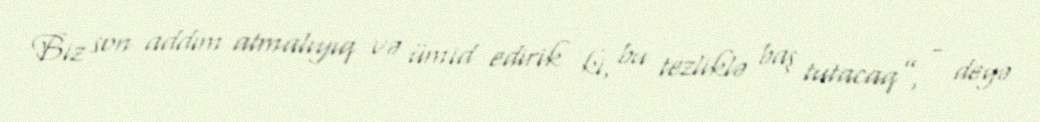
Biz son addım atmalıyıq və ümid edirik ki, bu tezliklə baş tutacaq”, - deyə